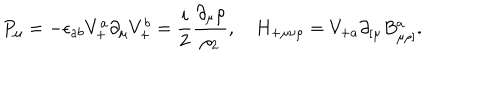
P _ { \mu } = - \epsilon _ { a b } V _ { + } ^ { a } \partial _ { \mu } V _ { + } ^ { b } = { \frac { i } { 2 } } { \frac { \partial _ { \mu } \rho } { \rho _ { 2 } } } , \quad H _ { + \mu \nu \rho } = V _ { + a } \partial _ { [ \mu } B _ { \mu \rho ] } ^ { a } .